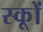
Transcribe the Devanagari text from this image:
स्कूों